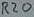
Text: R20